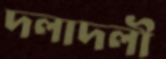
দলাদলী